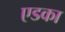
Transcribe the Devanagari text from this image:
एडका